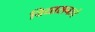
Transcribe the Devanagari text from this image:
विद्यासनाचे